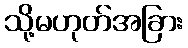
သို့မဟုတ်အခြား